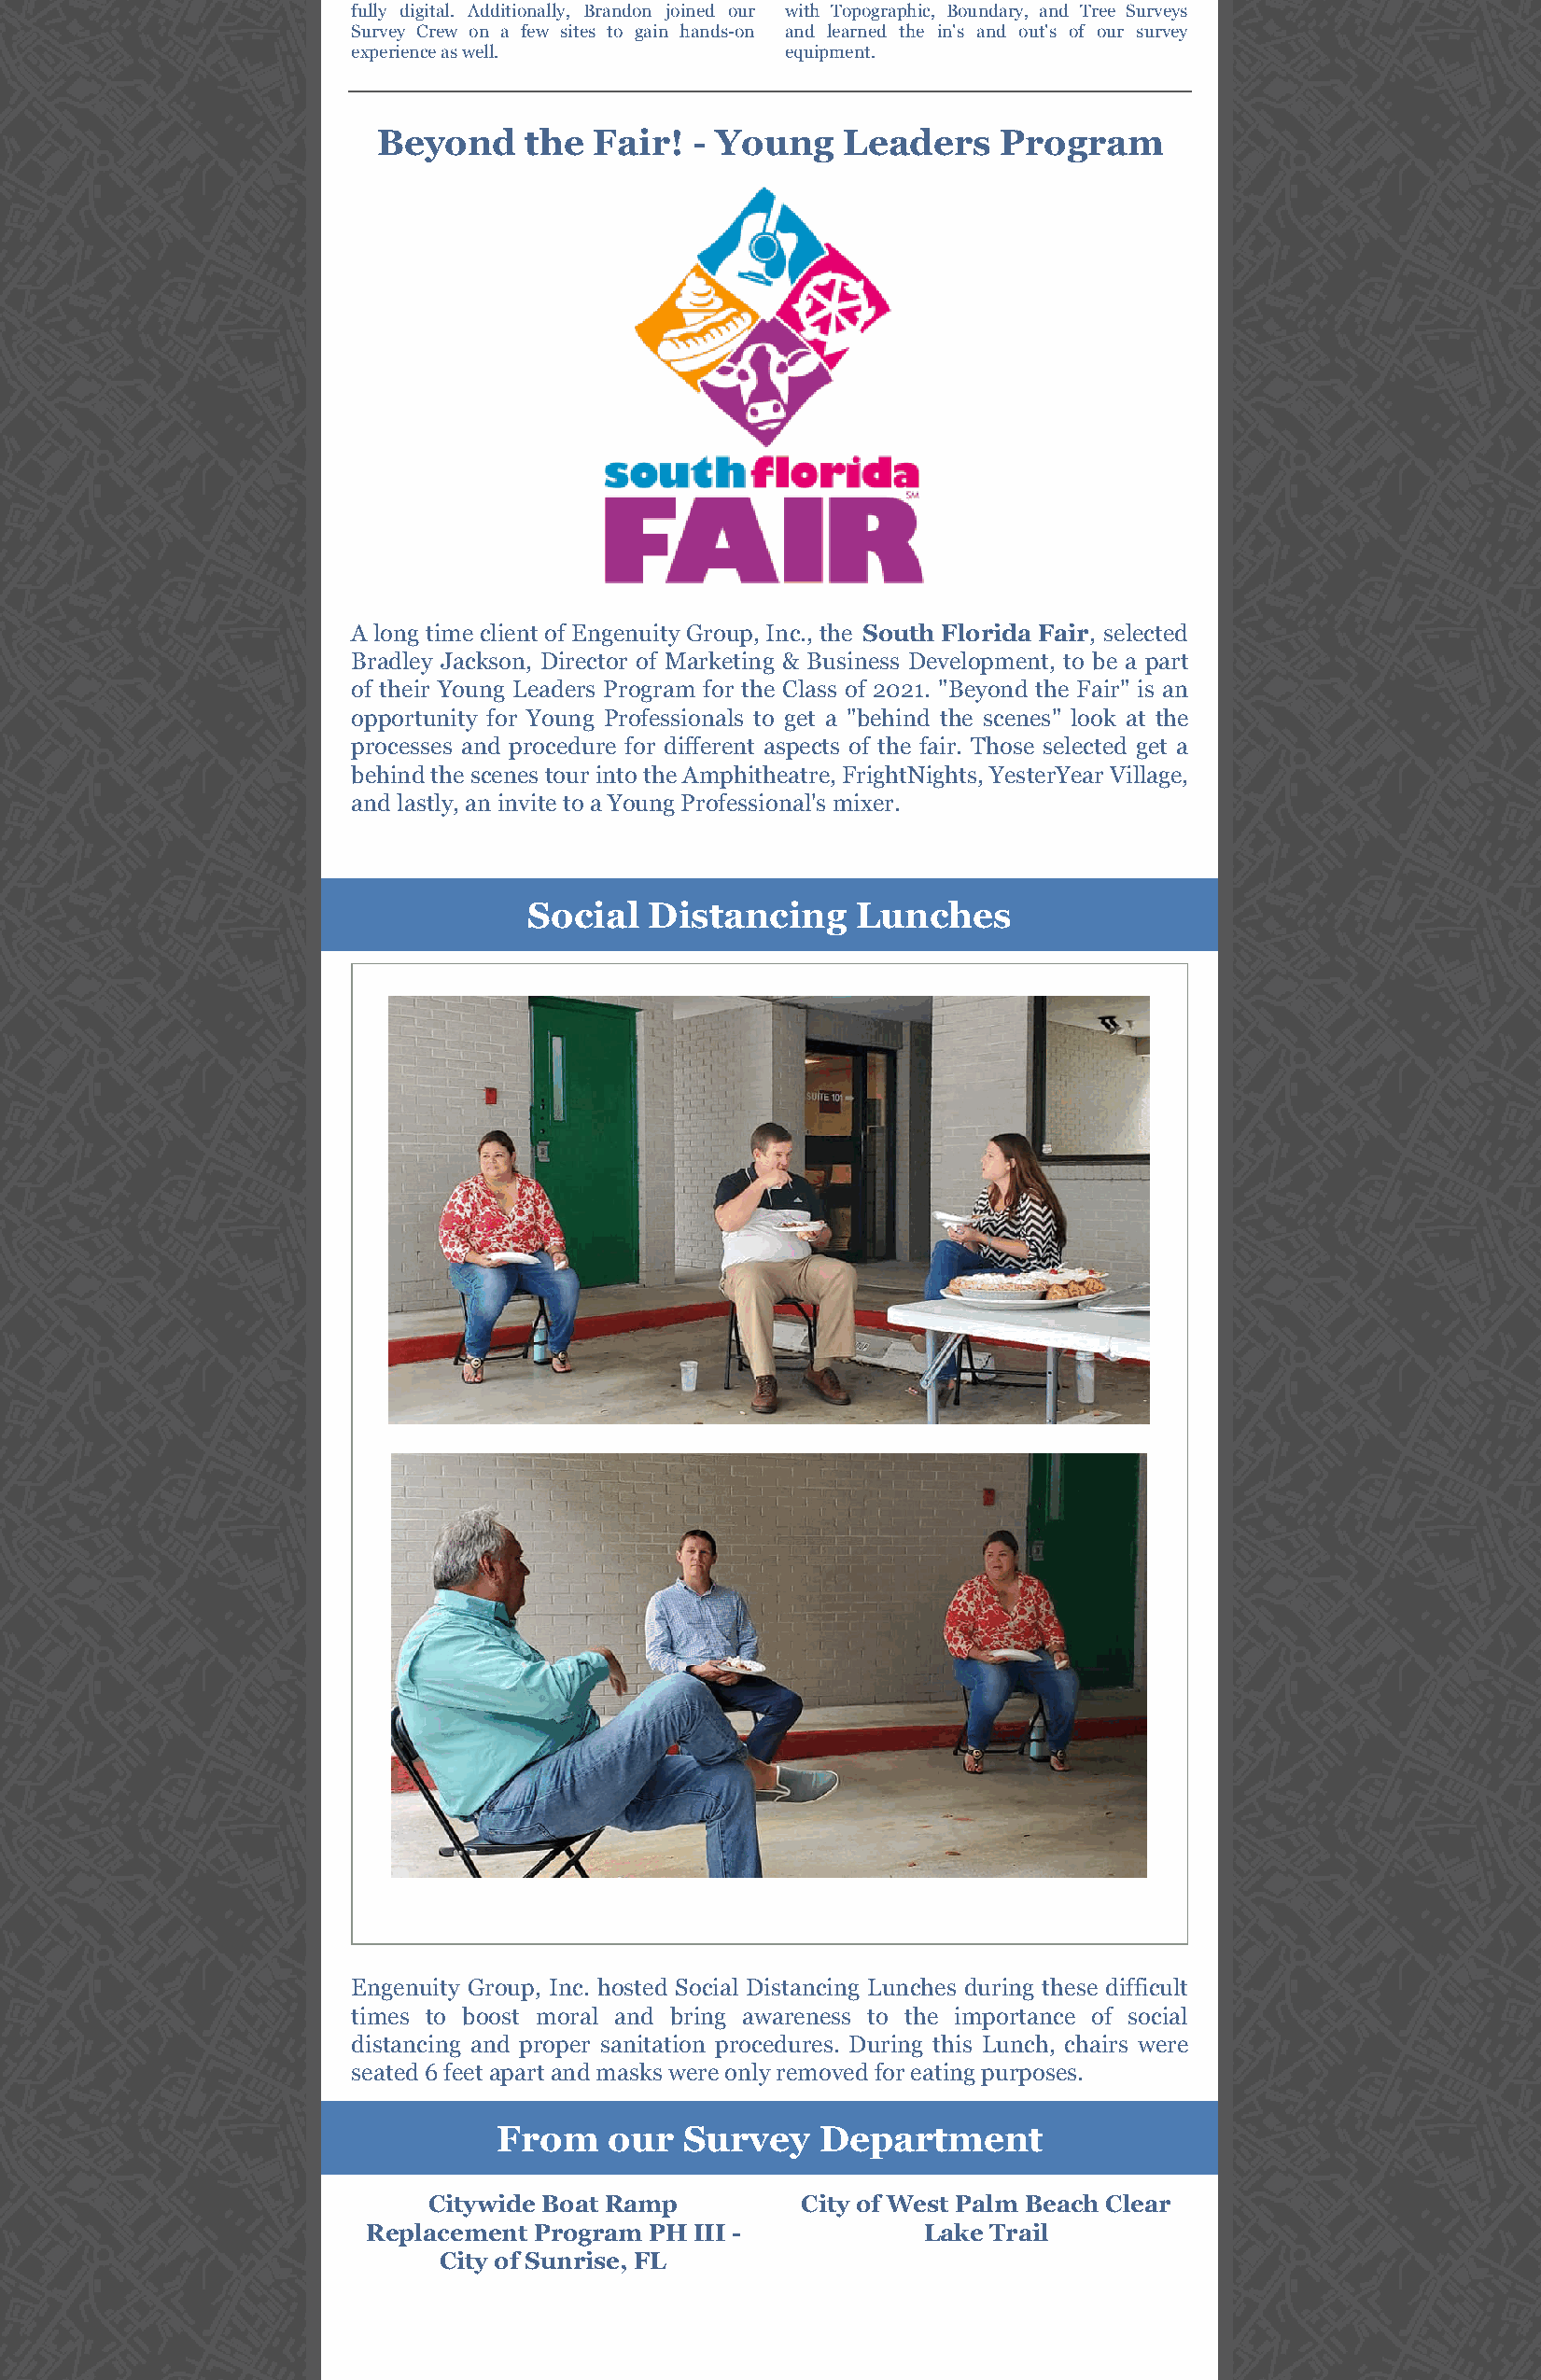
fully digital. Additionally, Brandon joined our with Topographic, Boundary, and Tree Surveys
 Survey Crew on a few sites to gain hands-on and learned the in's and out's of our survey
 experience as well.            equipment.
 Beyond    the  Fair!  - Young    Leaders    Program
 A long time client of Engenuity Group, Inc., the South Florida Fair, selected
 Bradley Jackson, Director of Marketing & Business Development, to be a part
 of their Young Leaders Program for the Class of 2021. "Beyond the Fair" is an
 opportunity for Young Professionals to get a "behind the scenes" look at the
 processes and procedure for different aspects of the fair. Those selected get a
 behind the scenes tour into the Amphitheatre, FrightNights, YesterYear Village,
 and lastly, an invite to a Young Professional's mixer.
 Social   Distancing     Lunches
 Engenuity Group, Inc. hosted Social Distancing Lunches during these difficult
 times to boost moral and bring awareness to the importance of social
 distancing and proper sanitation procedures. During this Lunch, chairs were
 seated 6 feet apart and masks were only removed for eating purposes.
 From    our  Survey    Department
 Citywide Boat Ramp         City of West Palm Beach Clear
 Replacement Program PH III -           Lake Trail
 City of Sunrise, FL